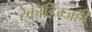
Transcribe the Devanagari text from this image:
रेकॉर्डिंग्जही